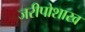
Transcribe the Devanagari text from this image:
जरीपोशाख